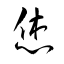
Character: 烋